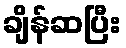
ချိန်ဆပြီး